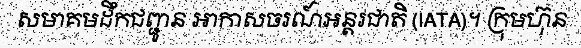
សមាគមដឹកជញ្ជូន អាកាសចរណ៍អន្តរជាតិ (IATA)។ ក្រុមហ៊ុន